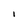
Character: l